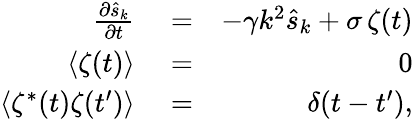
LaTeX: \begin{array}{rlr}{\frac{\partial\hat{s}_{k}}{\partial t}}&{{}=}&{-\gamma k^{2}\hat{s}_{k}+\sigma\, \zeta(t)}\\ {\langle\zeta(t)\rangle}&{{}=}&{0}\\ {\langle\zeta^{*}(t)\zeta(t^{\prime})\rangle}&{{}=}&{\delta(t-t^{\prime}),}\end{array}